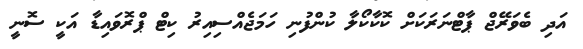
އަދި ބެވަރޭޖް ޕާޓްނަރަކަށް ކޮކާކޯލާ ކުންފުނި ހަމަޖެއްސިއިރު ކިޓް ޕްރޮވައިޑާ އަކީ ސޮނީ